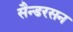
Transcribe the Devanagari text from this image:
सैन्डरसन